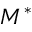
M ^ { * }